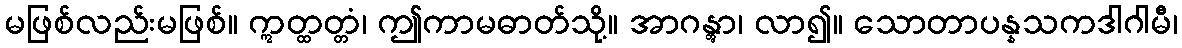
မဖြစ်လည်းမဖြစ်။ ဣတ္ထတ္တံ၊ ဤကာမဓာတ်သို့။ အာဂန္တွာ၊ လာ၍။ သောတာပန္နသကဒါဂါမီ၊